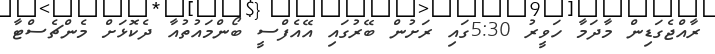
ރާއްޖެގަޑިން މާދަމާ ހަވީރު 5:30ގައި ރަށުން ބޭރުގައި އޭއެފްސީ ބޯންމައުތުއާ ދެކޮޅަށް މެންޗެސްޓާ